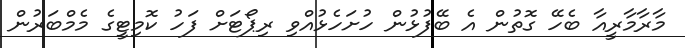
މާރާމާރީއާ ބެހޭ ގޮތުން އެ ބޭފުޅުން ހުށަހެޅުއްވި ރިޕޯޓަށް ފަހު ކޮމިޓީގެ މެމްބަރުން